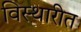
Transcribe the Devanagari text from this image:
विस्थारीत